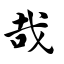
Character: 哉